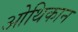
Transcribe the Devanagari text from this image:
ओथिकान